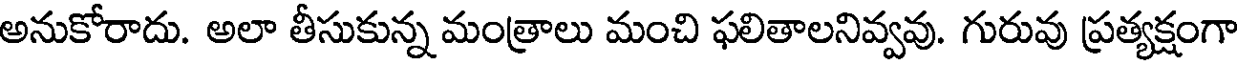
అనుకోరాదు. అలా తీసుకున్న మంత్రాలు మంచి ఫలితాలనివ్వవు. గురువు ప్రత్యక్షంగా